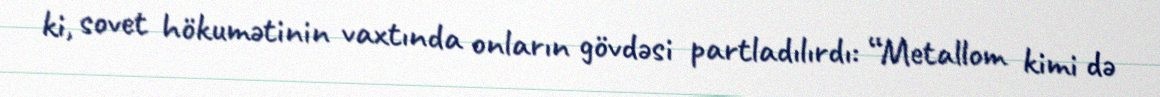
ki, sovet hökumətinin vaxtında onların gövdəsi partladılırdı: “Metallom kimi də